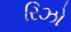
રિઝો